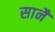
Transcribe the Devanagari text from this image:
सानै